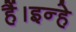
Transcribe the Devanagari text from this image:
हैं।इन्हे